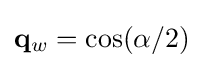
\mathbf {q} _{w}=\cos(\alpha /2)